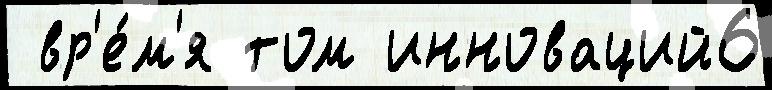
 вр'е́м'я том инноваций6